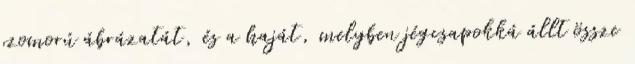
szomorú ábrázatát, és a haját, melyben jégcsapokká állt össze